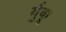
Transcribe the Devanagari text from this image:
र्युकू